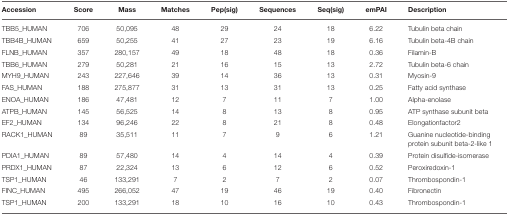
<table><thead><tr><td><b>Accession</b></td><td><b>Score</b></td><td><b>Mass</b></td><td><b>Matches</b></td><td><b>Pep(sig)</b></td><td><b>Sequences</b></td><td><b>Seq(sig)</b></td><td><b>emPAI</b></td><td><b>Description</b></td></tr></thead><tbody><tr><td>TBB5_HUMAN</td><td>706</td><td>50,095</td><td>48</td><td>29</td><td>24</td><td>18</td><td>6.22</td><td>Tubulin beta chain</td></tr><tr><td>TBB4B_HUMAN</td><td>659</td><td>50,255</td><td>41</td><td>27</td><td>23</td><td>19</td><td>6.16</td><td>Tubulin beta-4B chain</td></tr><tr><td>FLNB_HUMAN</td><td>357</td><td>280,157</td><td>49</td><td>18</td><td>48</td><td>18</td><td>0.36</td><td>Filamin-B</td></tr><tr><td>TBB6_HUMAN</td><td>279</td><td>50,281</td><td>21</td><td>16</td><td>15</td><td>13</td><td>2.72</td><td>Tubulin beta-6 chain</td></tr><tr><td>MYH9_HUMAN</td><td>243</td><td>227,646</td><td>39</td><td>14</td><td>36</td><td>13</td><td>0.31</td><td>Myosin-9</td></tr><tr><td>FAS_HUMAN</td><td>188</td><td>275,877</td><td>31</td><td>13</td><td>31</td><td>13</td><td>0.25</td><td>Fatty acid synthase</td></tr><tr><td>ENOA_HUMAN</td><td>186</td><td>47,481</td><td>12</td><td>7</td><td>11</td><td>7</td><td>1.00</td><td>Alpha-enolase</td></tr><tr><td>ATPB_HUMAN</td><td>145</td><td>56,525</td><td>14</td><td>8</td><td>13</td><td>8</td><td>0.95</td><td>ATP synthase subunit beta</td></tr><tr><td>EF2_HUMAN</td><td>134</td><td>96,246</td><td>22</td><td>8</td><td>21</td><td>8</td><td>0.48</td><td>Elongationfactor2</td></tr><tr><td>RACK1_HUMAN</td><td>89</td><td>35,511</td><td>11</td><td>7</td><td>9</td><td>6</td><td>1.21</td><td>Guanine nucleotide-binding protein subunit beta-2-like 1</td></tr><tr><td>PDIA1_HUMAN</td><td>89</td><td>57,480</td><td>14</td><td>4</td><td>14</td><td>4</td><td>0.39</td><td>Protein disulfide-isomerase</td></tr><tr><td>PRDX1_HUMAN</td><td>87</td><td>22,324</td><td>13</td><td>6</td><td>12</td><td>6</td><td>0.52</td><td>Peroxiredoxin-1</td></tr><tr><td>TSP1_HUMAN</td><td>46</td><td>133,291</td><td>7</td><td>2</td><td>7</td><td>2</td><td>0.07</td><td>Thrombospondin-1</td></tr><tr><td>FINC_HUMAN</td><td>495</td><td>266,052</td><td>47</td><td>19</td><td>46</td><td>19</td><td>0.40</td><td>Fibronectin</td></tr><tr><td>TSP1_HUMAN</td><td>200</td><td>133,291</td><td>18</td><td>10</td><td>16</td><td>10</td><td>0.43</td><td>Thrombospondin-1</td></tr></tbody></table>